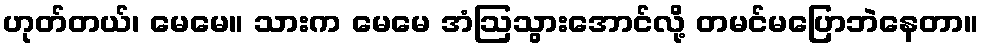
ဟုတ်တယ်၊ မေမေ။ သားက မေမေ အံဩသွားအောင်လို့ တမင်မပြောဘဲနေတာ။